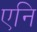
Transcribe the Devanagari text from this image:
एनि